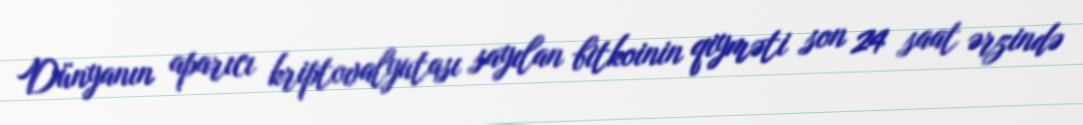
Dünyanın aparıcı kriptovalyutası sayılan bitkoinin qiyməti son 24 saat ərzində